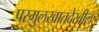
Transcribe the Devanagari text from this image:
परमुलखातदेखील